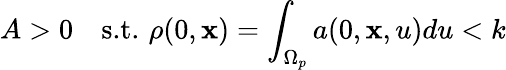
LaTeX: A>0\quad\textup{s.t.}\, \, \rho(0,\mathbf{x})=\int_{\Omega_{p}}a(0,\mathbf{x},u)du<k